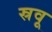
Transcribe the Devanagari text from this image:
स्रवू